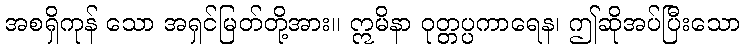
အစရှိကုန် သော အရှင်မြတ်တို့အား။ ဣမိနာ ဝုတ္တပ္ပကာရေန၊ ဤဆိုအပ်ပြီးသော